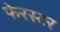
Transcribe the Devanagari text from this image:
फेरस्टर